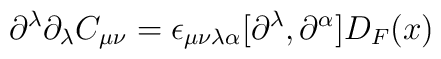
\partial^{\lambda}\partial_{\lambda}C_{\mu\nu} = \epsilon_{\mu\nu\lambda\alpha}[\partial^{\lambda},\partial^{\alpha}]D_F(x)